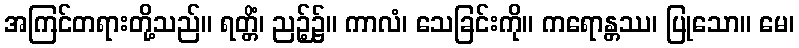
အကြင်တရားတို့သည်။ ရတ္တိံ၊ ညဉ့်၌။ ကာလံ၊ သေခြင်းကို။ ကရောန္တဿ၊ ပြုသော။ မေ၊